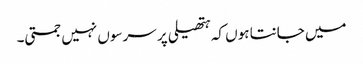
میں جانتا ہوں کہ ہتھیلی پر سرسوں نہیں جمتی۔